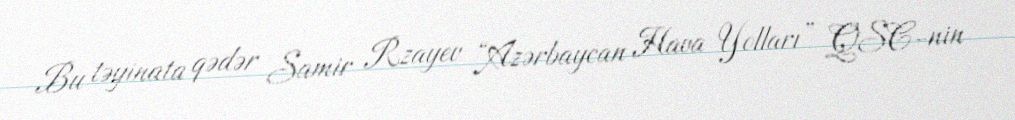
Bu təyinata qədər Samir Rzayev “Azərbaycan Hava Yolları” QSC-nin